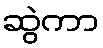
ဆွဲကာ